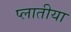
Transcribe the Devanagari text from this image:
प्लातीया